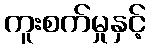
ကူးစက်မှုနှင့်